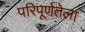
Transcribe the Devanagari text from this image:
परिपूर्णतेला